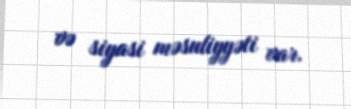
və siyasi məsuliyyəti var.